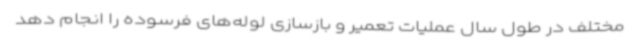
مختلف در طول سال عملیات تعمیر و بازسازی لوله‌های فرسوده را انجام دهد